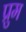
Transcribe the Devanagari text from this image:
प्रुम